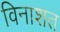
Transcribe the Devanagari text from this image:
विनाशत